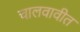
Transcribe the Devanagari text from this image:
चालवावीत